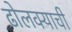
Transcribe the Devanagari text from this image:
ढोलक्याची